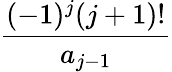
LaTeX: \displaystyle\frac{(-1)^{j}(j+1)!}{a_{j-1}}